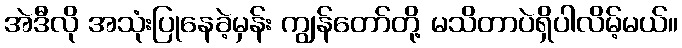
အဲဒီလို အသုံးပြုနေခဲ့မှန်း ကျွန်တော်တို့ မသိတာပဲရှိပါလိမ့်မယ်။